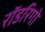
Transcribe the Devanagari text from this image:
रॉडरिगो